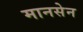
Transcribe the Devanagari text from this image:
मानसेन